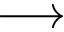
\longrightarrow